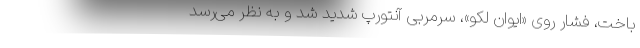
باخت، فشار روی «ایوان لکو»، سرمربی آنتورپ شدید شد و به نظر می‌رسد